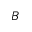
B